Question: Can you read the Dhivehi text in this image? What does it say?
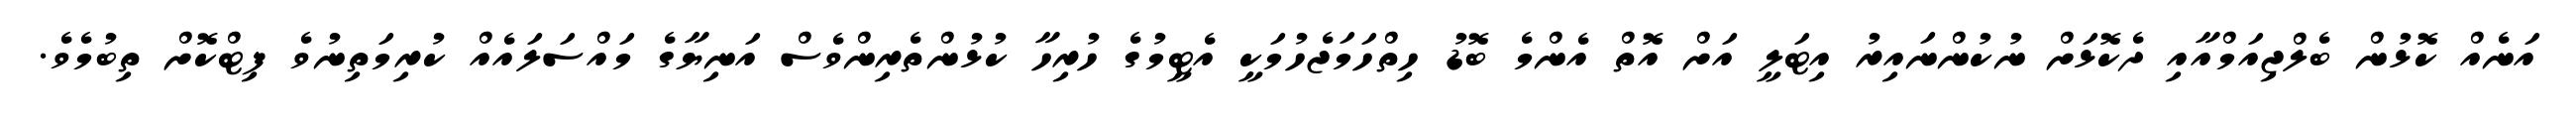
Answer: އަނެއް ކޮޅުން ބެލްޖިއަމްއާއި ދެކޮޅަށް ނުކުންނައިރު އިޓަލީ އަށް އޮތް އެންމެ ބޮޑު ހިތްހަމަޖެހުމަކީ އެޓީމުގެ ހުރިހާ ކުޅުންތެރިންވެސް އަނިޔާގެ މައްސަލައެއް ކުރިމަތިނުވެ ފިޓްކޮށް ތިބުމެވެ.